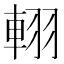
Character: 𨋾